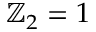
\mathbb { Z } _ { 2 } = 1